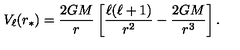
V _ { \ell } ( r _ { * } ) = \frac { 2 G M } { r } \left[ \frac { \ell ( \ell + 1 ) } { r ^ { 2 } } - \frac { 2 G M } { r ^ { 3 } } \right] .